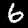
Label: 6